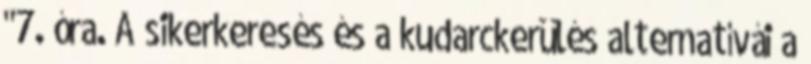
"7. óra. A sikerkeresés és a kudarckerülés alternatívái a